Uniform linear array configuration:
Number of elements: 48
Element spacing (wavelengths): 0.75
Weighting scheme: exponential
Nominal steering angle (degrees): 30
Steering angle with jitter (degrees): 31.898
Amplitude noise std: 0.05
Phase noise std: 0.05

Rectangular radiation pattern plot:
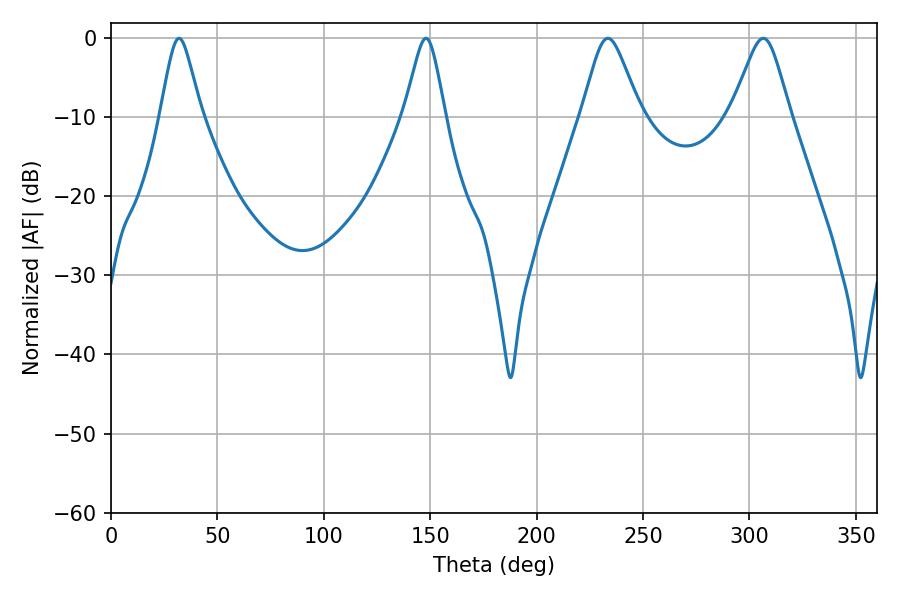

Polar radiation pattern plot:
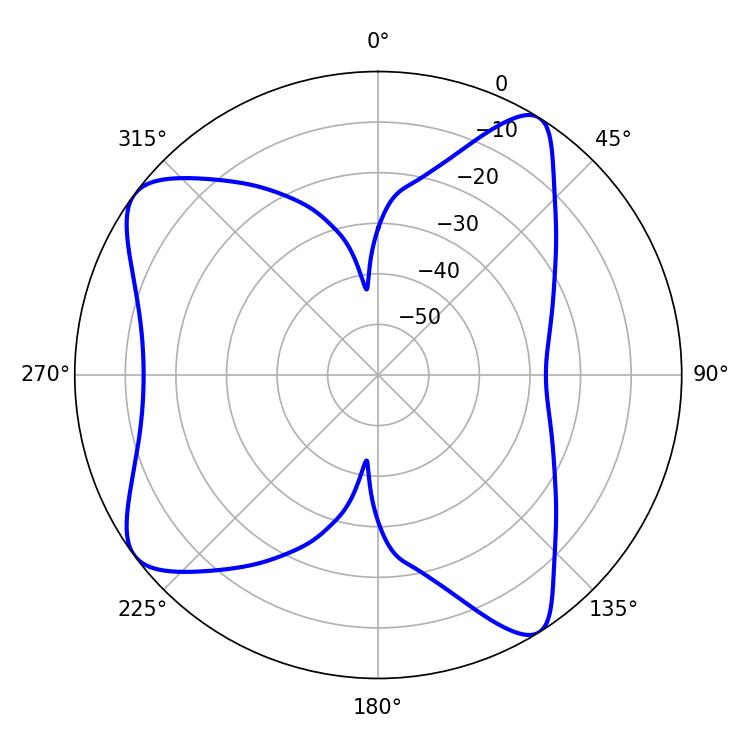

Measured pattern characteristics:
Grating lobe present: TRUE
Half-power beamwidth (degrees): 13.14
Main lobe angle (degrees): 233.46